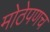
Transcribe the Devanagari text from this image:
मोठेपणच